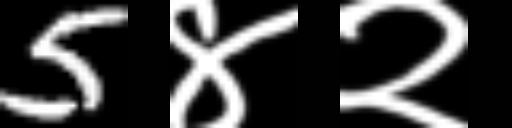
Text: 5४२